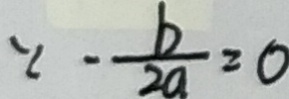
\because - \frac { b } { 2 a } = 0